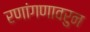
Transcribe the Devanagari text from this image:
रणांगणावरुन